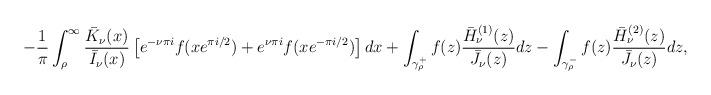
LaTeX: \begin{align*}-\frac{1}{\pi }\int_{\rho }^{\infty}{ \frac{\bar K_{\nu}(x)}{\bar I_{\nu}(x)}\left[ e^{-\nu \pi i} f(xe^{\pi i/2})+e^{\nu \pi i} f(xe^{-\pi i/2})\right]dx}+ \int_{\gamma _{\rho}^{+}}{f(z) \frac{\bar H^{(1)}_{\nu}(z)}{\bar J_{\nu}(z)}dz}-\int_{\gamma _{\rho}^{-}}{f(z) \frac{\bar H^{(2)}_{\nu}(z)}{\bar J_{\nu}(z)}dz}, \end{align*}